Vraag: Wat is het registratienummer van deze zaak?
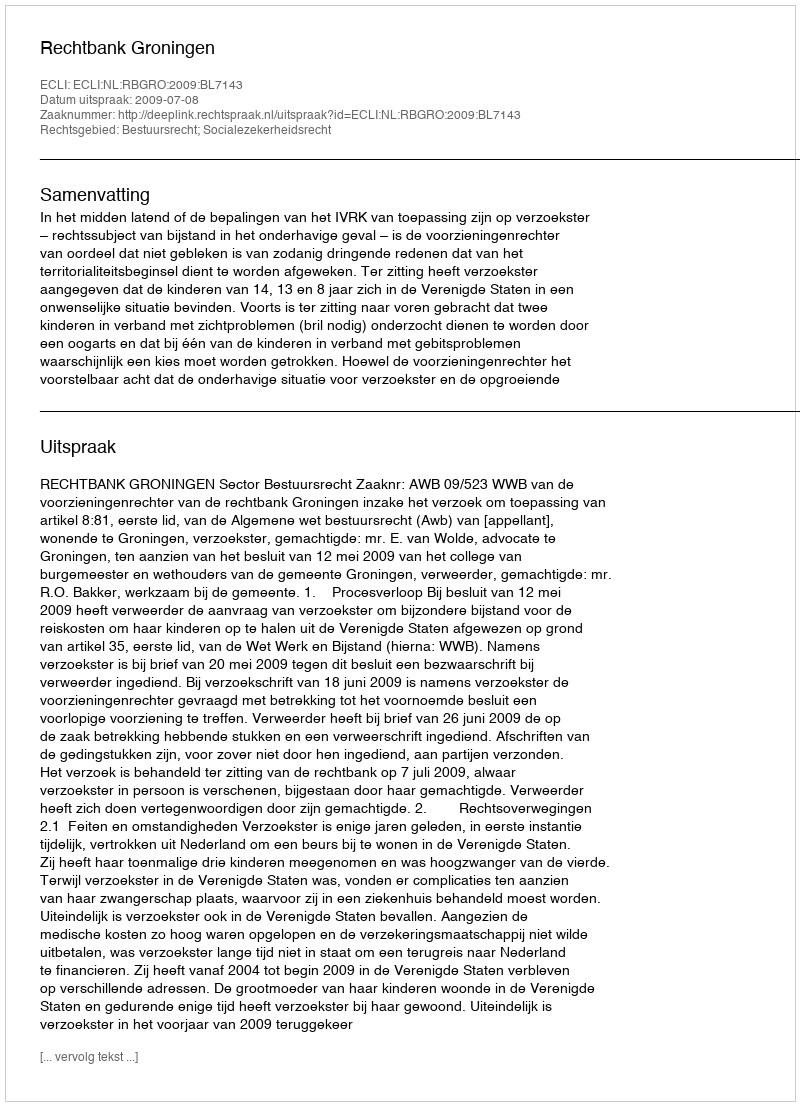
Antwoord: http://deeplink.rechtspraak.nl/uitspraak?id=ECLI:NL:RBGRO:2009:BL7143